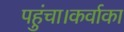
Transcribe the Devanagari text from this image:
पहुंचा।कर्वाका